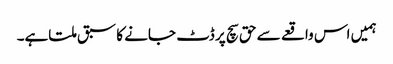
ہمیں اس واقعے سے حق سچ پر ڈٹ جانے کا سبق ملتاہے۔